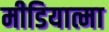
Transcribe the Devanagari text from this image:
मीडियात्मा